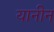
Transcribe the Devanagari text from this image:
यानीन